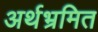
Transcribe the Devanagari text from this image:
अर्थभ्रमित